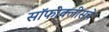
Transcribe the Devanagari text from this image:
सॉफोक्लीसचे